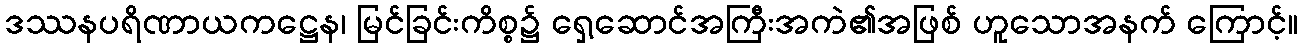
ဒဿနပရိဏာယကဋ္ဌေန၊ မြင်ခြင်းကိစ္စ၌ ရှေ့ဆောင်အကြီးအကဲ၏အဖြစ် ဟူသောအနက် ကြောင့်။